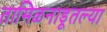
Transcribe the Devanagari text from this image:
तामिळनाडूतल्या